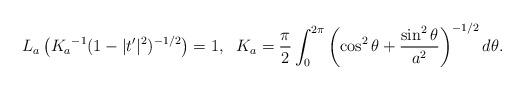
LaTeX: \begin{align*} L_a \left({K_a}^{-1} {(1 - |t'|^2)^{-1/2}}\right) = 1, \;\ K_a = \frac{\pi}{2} \int_{0}^{2 \pi} \left( \cos^2 \theta + \frac{\sin^2 \theta}{a^2} \right)^{-1/2} d \theta. \end{align*}